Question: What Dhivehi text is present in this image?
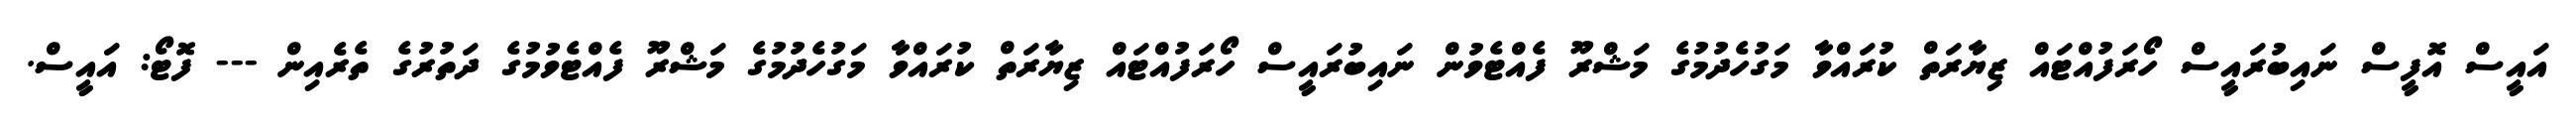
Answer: އައީސް އޮފީސް ނައިބުރައީސް ހޯރަފުއްޓައް ޒިޔާރަތް ކުރައްވާ މަގުހެދުމުގެ މަޝްރޫ ފެއްޓެވުން ނައިބުރައީސް ހޯރަފުއްޓައް ޒިޔާރަތް ކުރައްވާ މަގުހެދުމުގެ މަޝްރޫ ފެއްޓެވުމުގެ ދަތުރުގެ ތެރެއިން --- ފޮޓޯ: އައީސް.